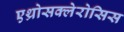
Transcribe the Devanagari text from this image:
एथ्रोसक्लेरोसिस